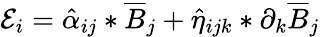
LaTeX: \mathcal{E}_{i}=\hat{\alpha}_{ij}\ast\overline{{B}}_{j}+\hat{\eta}_{ijk}*\partial_{k}\overline{{B}}_{j}